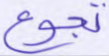
تجوع